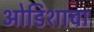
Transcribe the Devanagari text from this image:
ओडिशाचा